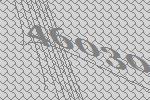
46030